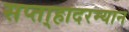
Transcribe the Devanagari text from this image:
सप्ता्हादरम्यान